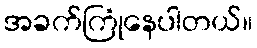
အခက်ကြုံနေပါတယ်။